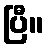
ပြီ။